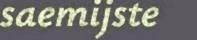
saemijste